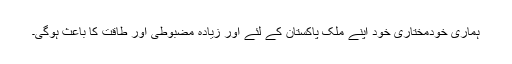
ہماری خودمختاری خود اپنے ملک پاکستان کے لئے اور زیادہ مضبوطی اور طاقت کا باعث ہوگی۔